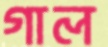
গাল